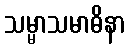
သမ္မာသမာဓိနာ